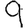
Digit: 9